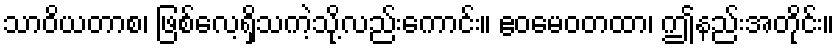
သာဝိယတာစ၊ ဖြစ်လေ့ရှိသကဲ့သို့လည်းကောင်း။ ဧဝမေဝတထာ၊ ဤနည်းအတိုင်း။